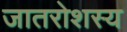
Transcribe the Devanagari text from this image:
जातरोशस्य